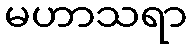
မဟာသရာ